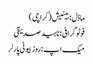
ماڈل : بینیش ( کراچی )
فوٹو گرافی : ناہید صدیقی
میک اپ :روز بیوٹی پارلر